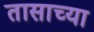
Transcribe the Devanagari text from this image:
तासाच्‍या